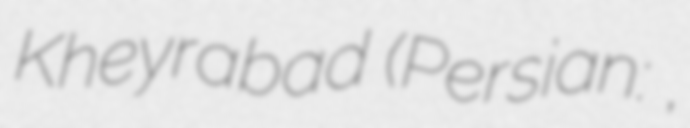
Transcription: Kheyrabad (Persian: خيراباد,